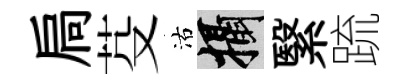
扃芟沽攝繄䟽